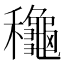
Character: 龝